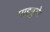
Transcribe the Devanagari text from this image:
पाइगुडे।